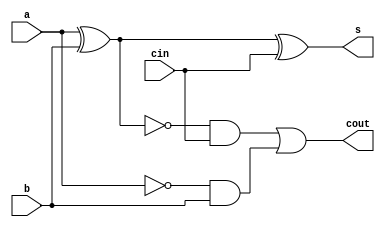
//------
//Exemplo0022
//Andre Campolina
//381217
//-------

//------
//Full Subtractor
//------

module halfSubtractor(output s, output cout, input a, input b, input cin);

	wire w1;
	xor XOR1(w1,a,b);
	xor XOR2(s,w1,cin);
	wire w2;
	not NOT1(w2,a);
	wire w3;
	and AND1(w3,w2,b);
	wire w4;
	not NOT2(w4,w1);
	wire w5;
	and AND2(w5,w4,cin);
	or OR1(cout,w5,w3);
		
endmodule


module fullSubtractor(output[2:0] s,output carryOut, input[2:0]a, input[2:0]b, input carryIn);
	wire w1;
	halfSubtractor h0(s[0],w1,a[0],b[0],carryIn);
	wire w2;
	halfSubtractor h1(s[1],w2,a[1],b[1],w1);
	halfSubtractor h2(s[2],carryOut,a[2],b[2],w2);
endmodule

module test_fullSubtractor;
reg[2:0] x;
reg[2:0] y;
reg carry;
wire[2:0] soma;
wire cout;

fullSubtractor f1(soma, cout, x, y, carry);

initial begin
#1 $display("exemplo0021 - Andre Campolina - 381217" );
#1 $display("Full Subtractor");

x=3'b010;
y=3'b011;
carry = 0;



#4 $display("%3b %3b %b = %3b %b", x, y, carry, soma, cout);

end

endmodule